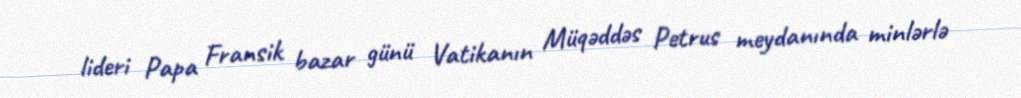
lideri Papa Fransik bazar günü Vatikanın Müqəddəs Petrus meydanında minlərlə